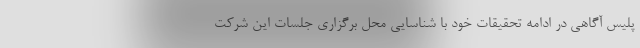
پلیس آگاهی در ادامه تحقیقات خود با شناسایی محل برگزاری جلسات این شرکت